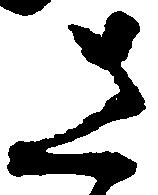
さ